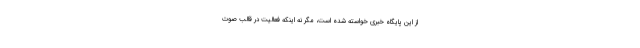
از این پایگاه خبری خواسته شده است، مگر نه اینکه فعالیت در قالب صوت